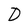
Character: D